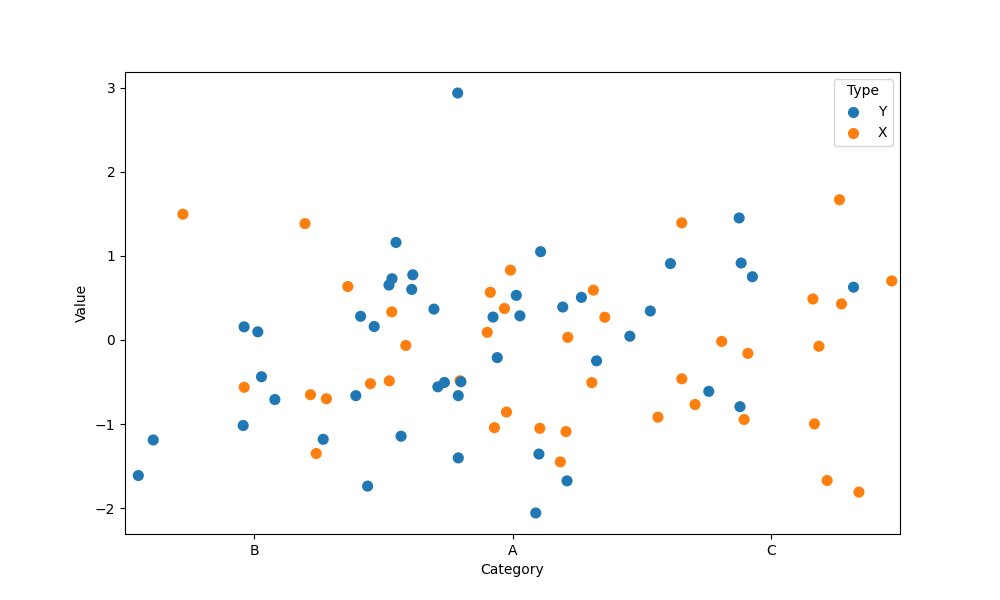
python, seaborn, stripplot, jitter=True, dodge=False, alpha=1.0, size=8